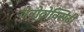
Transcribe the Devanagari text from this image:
जेनोटोक्सिटी